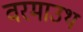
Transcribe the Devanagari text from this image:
वरमाउथ